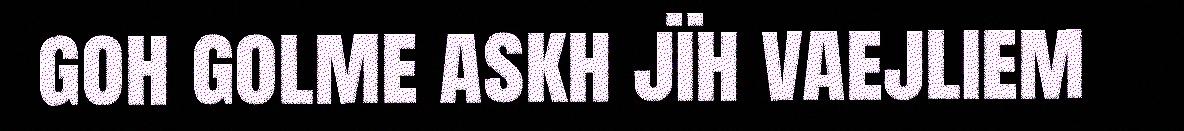
goh golme askh jïh vaejliem